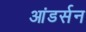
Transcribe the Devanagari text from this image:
आंडर्सन